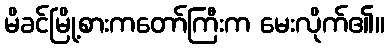
မိခင်မြို့စားကတော်ကြီးက မေးလိုက်၏။